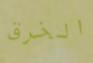
الخرق